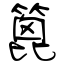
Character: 篦